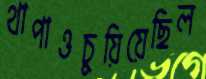
থাপাওচুয়িয়েছিল